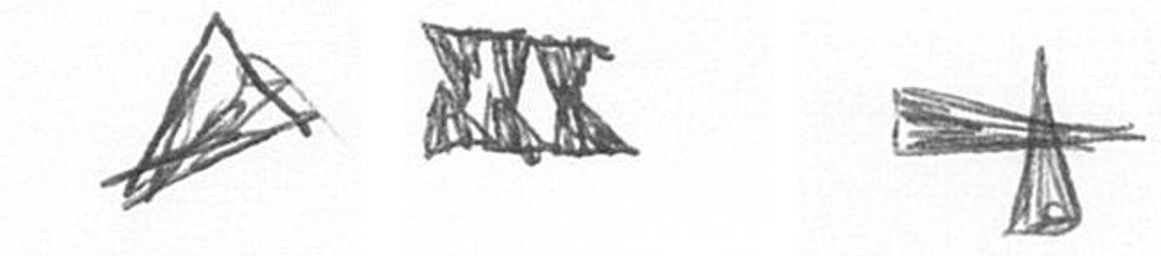
O D G